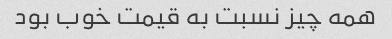
همه چیز نسبت به قیمت خوب بود